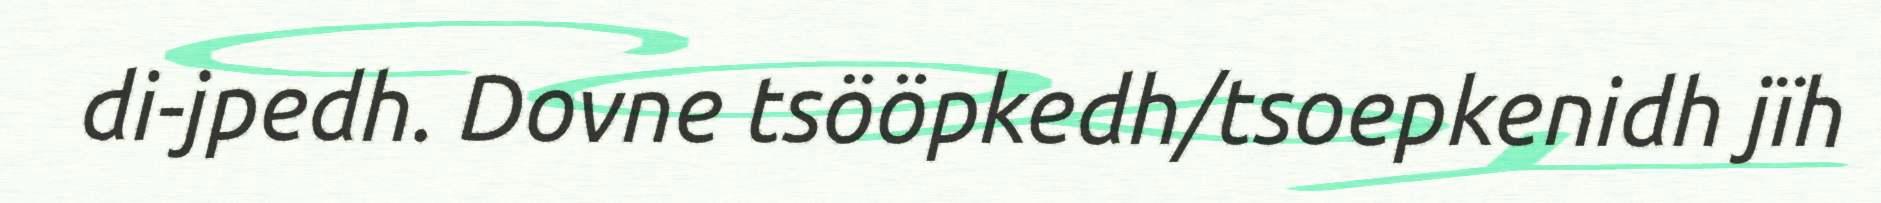
di-jpedh. Dovne tsööpkedh/tsoepkenidh jïh